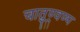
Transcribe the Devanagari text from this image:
चातुण्र्वण्य